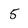
Character: 5